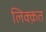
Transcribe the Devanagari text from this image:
लिक्क़त